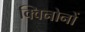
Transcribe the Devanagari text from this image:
क्विनोनों